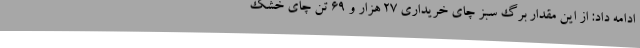
ادامه داد: از این مقدار برگ سبز چای خریداری 27 هزار و 69 تن چای خشک